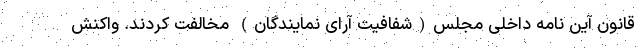
قانون آین نامه داخلی مجلس(شفافیت آرای نمایندگان) مخالفت کردند. واکنش